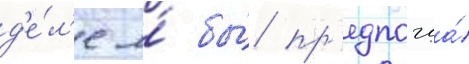
д'е́л'е я́ бы́ пр'едпочла́